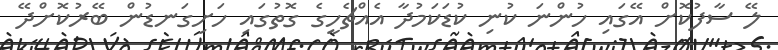
ލޭ ސާފުކޮށް އޭގައި ހުންނަ ކުނި ކުޑަކަމުދާ އެއްޗެހީގެ ގޮތުގައި ހަށިގަނޑުން ބޭރުކޮށްދޭ